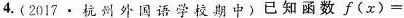
4.(2017杭州外国语学校期中)已知函数$$f ( x ) =